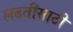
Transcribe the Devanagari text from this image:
लढतीसाठी